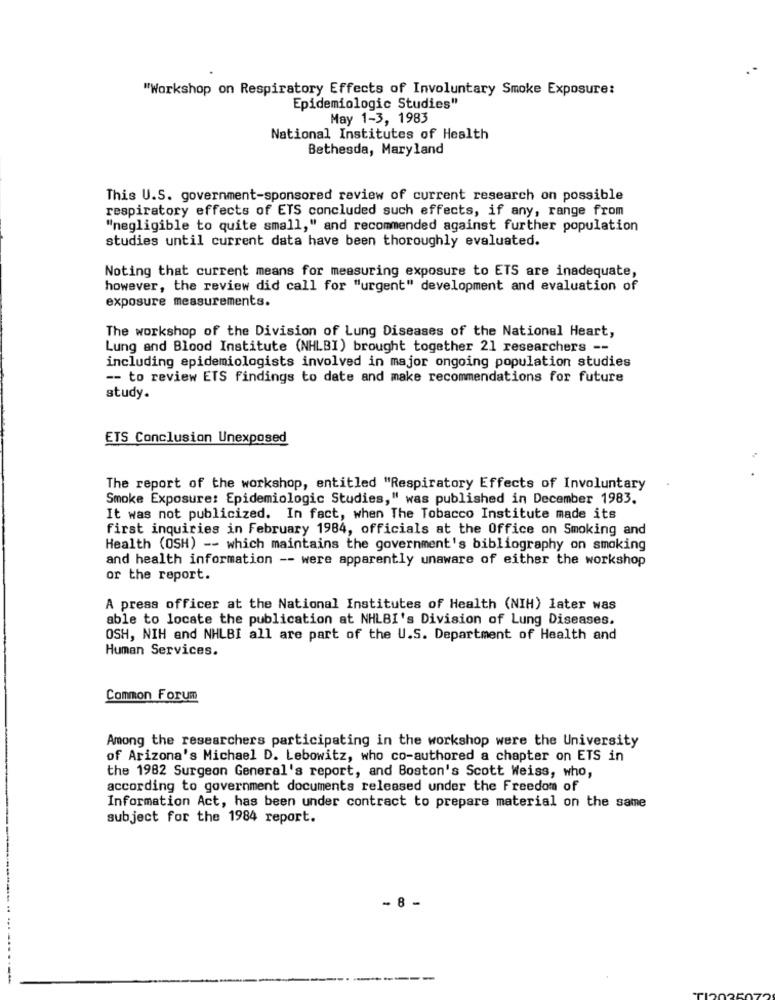
"Workshop on Respiratory Effects of Involuntary Smoke Exposure:
Epidemiologic Studies"
May 1-3, 1983
National Institutes of Health
Bethesda, Maryland
This U.S. government-sponsored review of current research on possible
respiratory effects of ETS concluded such effects, if any, range from
"negligible to quite small," and recommended against further population
studies until current data have been thoroughly evaluated.
Noting that current means for measuring exposure to ETS are inadequate,
however, the review did call for "urgent" development and evaluation of
exposure measurements.
The workshop of the Division of Lung Diseases of the National Heart,
Lung and Blood Institute (NHLBI) brought together 21 researchers --
including epidemiologists involved in major ongoing population studies
-- to review ETS findings to date and make recommendations for future
study.
ETS Conclusion Unexposed
The report of the workshop, entitled "Respiratory Effects of Involuntary
Smoke Exposure: Epidemiologic Studies," was published in December 1983.
It was not publicized. In fact, when The Tobacco Institute made its
first inquiries in February 1984, officials at the Office on Smoking and
Health (OSH) -- which maintains the government's bibliography on smoking
and health information -- were apparently unaware of either the workshop
or the report.
A press officer at the National Institutes of Health (NIH) later was
able to locate the publication at NHLBI's Division of Lung Diseases.
OSH, NIH and NHLBI all are part of the U.S. Department of Health and
Human Services.
Common Forum
Among the researchers participating in the workshop were the University
of Arizona's Michael D. Lebowitz, who co-authored a chapter on ETS in
the 1982 Surgeon General's report, and Boston's Scott Weiss, who,
according to government documents released under the Freedom of
Information Act, has been under contract to prepare material on the same
subject for the 1984 report.
- 8 -
... ......